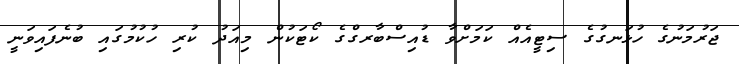
ޖަރުމަނުގެ ހުޅަނގުގެ ސިޓީއެއް ކަމަށްވާ ޑުއިސްބާރގްގެ ކޯޓަކުން މިއަދު ކުރި ހުކުމުގައި ބުނެފައިވަނީ